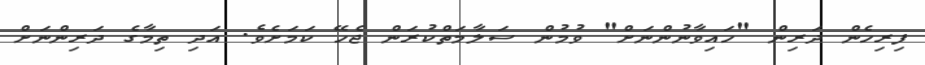
ފިރިހެން ދަރިން "ހައިވާނުންނަށް" ވުމުން ސަލާމަތްކުރަން ޖެހޭ ކަމަށެވެ. އަދި ތިމާގެ ދަރިންނަށް